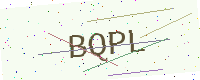
Text: BQPL